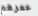
عمرهم